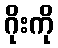
ဂိုးကို